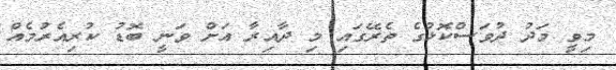
މިވީ މަދު ދުވަސްކޮޅުގެ ތެރޭގައި މި ދާއިރާ އަށް ވަނީ ބޮޑު ކުރިއެރުމެއް